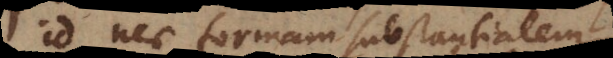
id nec formam substantialem